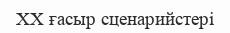
XX ғасыр сценарийстері